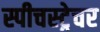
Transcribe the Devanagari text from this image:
स्पीचस्ट्रेचर